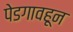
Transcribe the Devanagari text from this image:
पेडगावहून